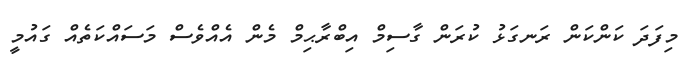
މިފަދަ ކަންކަން ރަނގަޅު ކުރަން ގާސިމް އިބްރާޙިމް މެން އެއްވެސް މަަސައްކަތެއް ގައުމީ